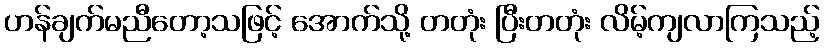
ဟန်ချက်မညီတော့သဖြင့် အောက်သို့ တတုံး ပြီးတတုံး လိမ့်ကျလာကြသည့်